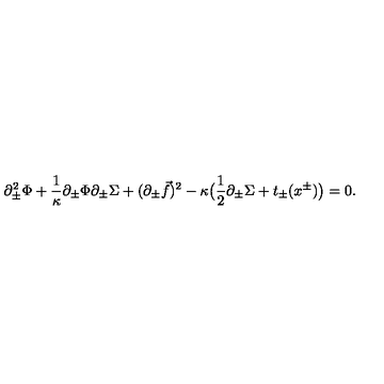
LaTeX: \partial _ { \pm } ^ { 2 } \Phi + { \frac { 1 } { \kappa } } \partial _ { \pm } \Phi \partial _ { \pm } \Sigma + ( \partial _ { \pm } { \vec { f } } ) ^ { 2 } - \kappa \big ( { \frac { 1 } { 2 } } \partial _ { \pm } \Sigma + t _ { \pm } ( x ^ { \pm } ) \big ) = 0 .